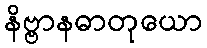
နိဗ္ဗာနဓာတုယော